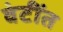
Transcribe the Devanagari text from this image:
वंटींत